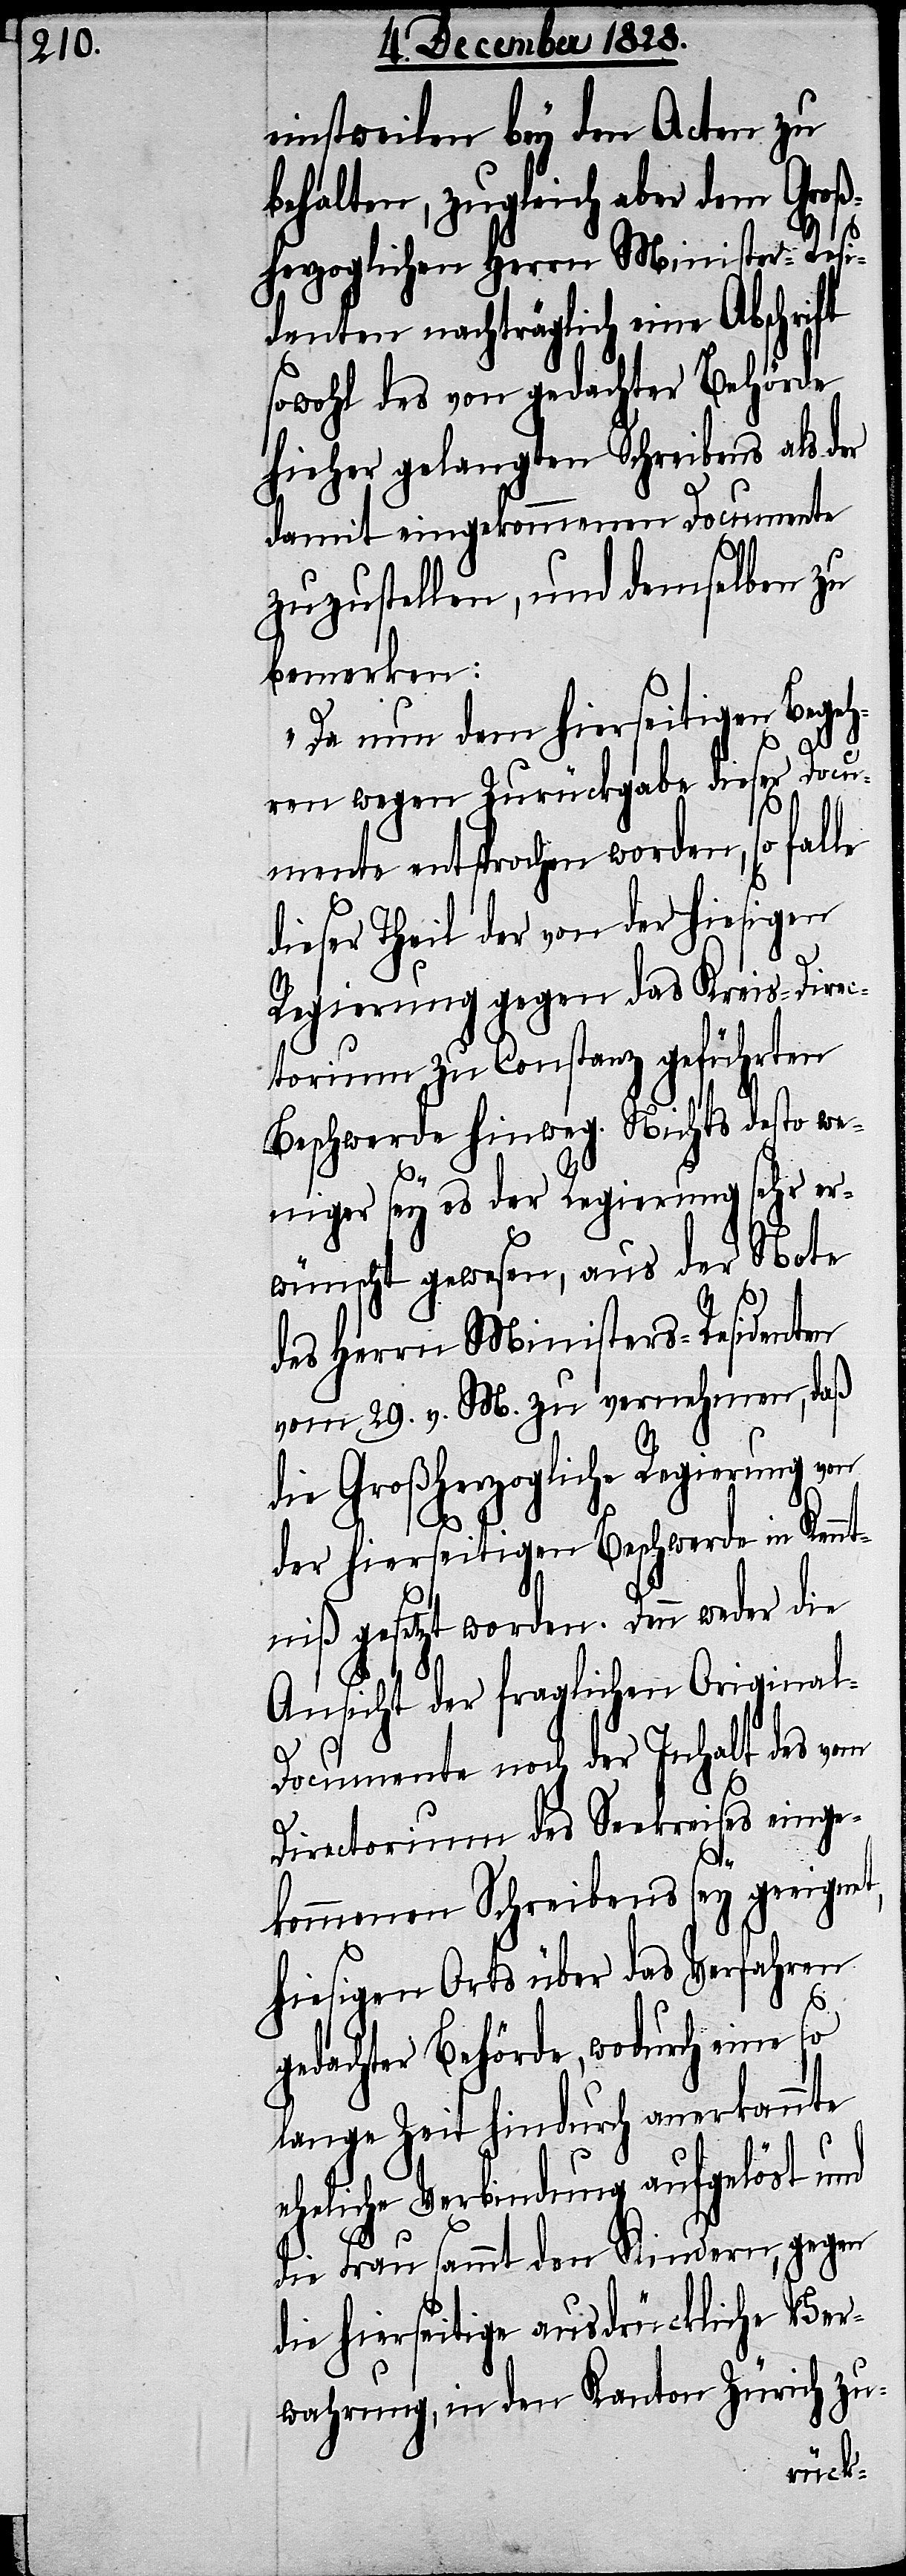
einstweilen bey den Acten zu
behalten, zugleich aber dem Groß¬
herzoglichen Herrn Minister-Resi¬
denten nachträglich eine Abschrift
sowohl des von gedachter Behörde
hieher gelangten Schreibens als der
damit eingekommenen Documente
zuzustellen, und demselben zu
bemerken:
„Da nun dem hierseitigen Begeh¬
ren wegen Zurückgabe dieser Docu¬
mente entsprochen worden, so fal¬
dieser Theil der von der hiesigen
Regierung gegen das Kreis-Direc¬
torium zu Constanz geführten
Beschwerde hinweg. Nichts desto we¬
niger sey es der Regierung sehr er¬
wünscht gewesen, aus der Note
des Herrn Ministers-Residenten
von 29. v. M. zu vernehmen, daß
die Großherzogliche Regierung von
der hierseitigen Beschwerde in Kennt¬
niß gesetzt worden. Denn weder die
Ansicht der fraglichen Origina¬
l-Documente noch der Inhalt des vom
Directorium des Seekreises einge¬
kommenen Schreibens sey geeignet,
hiesigen Orts über das Verfahren
gedachter Behörde, wodurch eine so
lange Zeit hindurch anerkannte
eheliche Verbindung aufgelöst und
le
die Frau sammt den Kindern, gegen
die hierseitige ausdrückliche Ver¬
wahrung, in den Kanton Zürich zu-